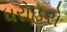
ધરોહરો